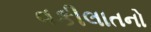
વકીલાતનો